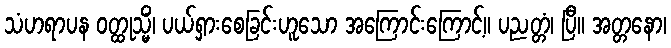
သံဟရာပန ဝတ္ထုသ္မိံ၊ ပယ်ရှားစေခြင်းဟူသော အကြောင်းကြောင့်။ ပညတ္တံ၊ ပြီ။ အတ္တနော၊